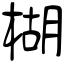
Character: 楜